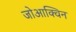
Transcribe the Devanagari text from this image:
जोआक्विन